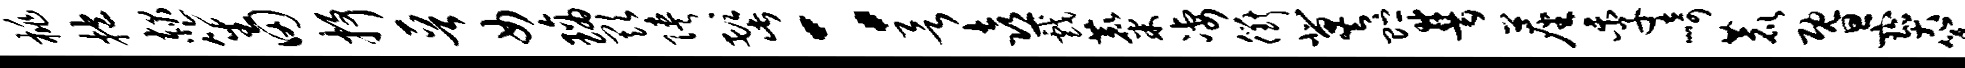
桃抱赧笙田抒晋女璃欺陕髭：欲喜戏麋凄衢冀贮普尘季崎鹿暨宝篆